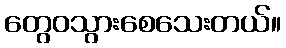
တွေဝသွားစေသေးတယ်။